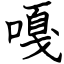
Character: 嘎